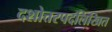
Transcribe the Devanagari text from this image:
दशोत्तरपदलिखित